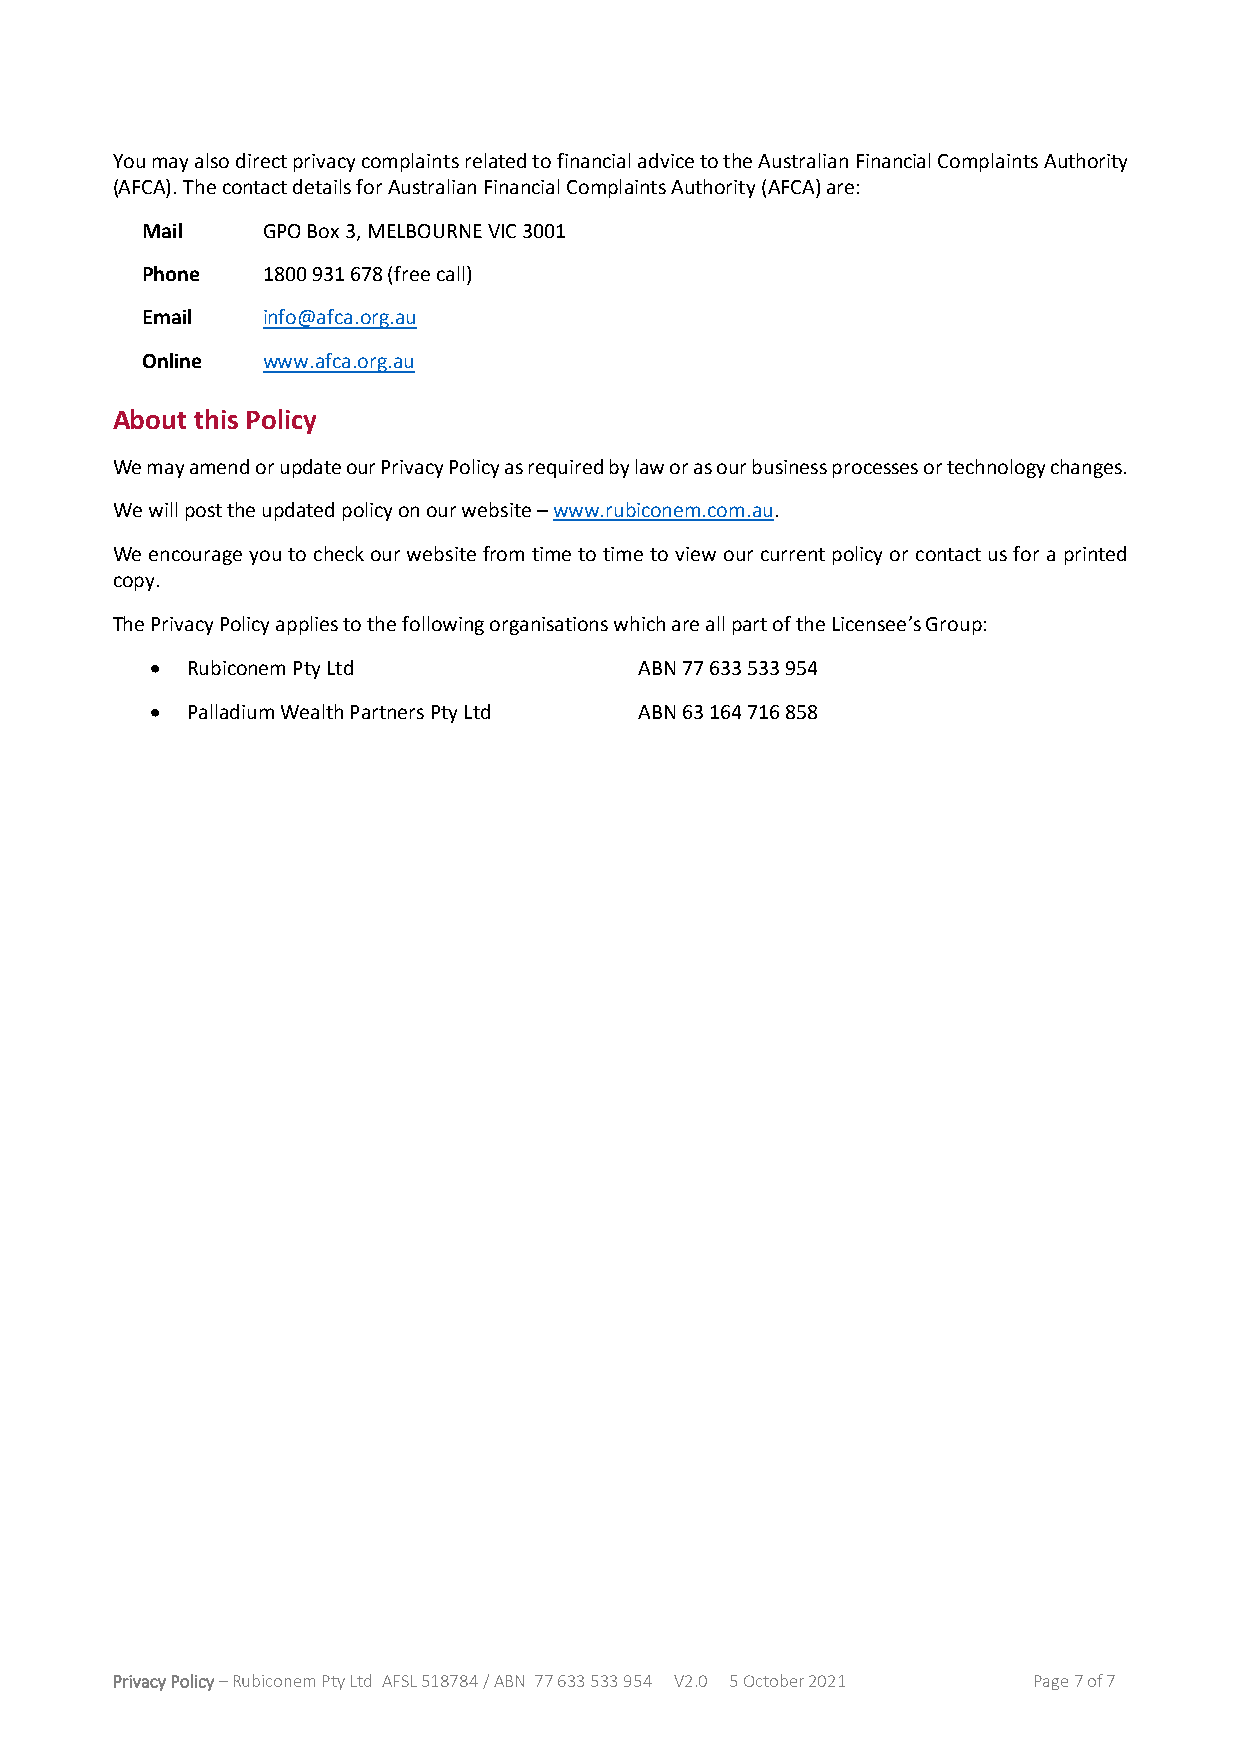
You may also direct privacy complaints related to financial advice to the Australian Financial Complaints Authority
 (AFCA). The contact details for Australian Financial Complaints Authority (AFCA) are:
 Mail    GPO Box 3, MELBOURNE VIC 3001
 Phone   1800 931 678 (free call)
 Email   info@afca.org.au
 Online  www.afca.org.au
 About this Policy
 We may amend or update our Privacy Policy as required by law or as our business processes or technology changes.
 We will post the updated policy on our website – www.rubiconem.com.au.
 We encourage you to check our website from time to time to view our current policy or contact us for a printed
 copy.
 The Privacy Policy applies to the following organisations which are all part of the Licensee’s Group:
 • Rubiconem Pty Ltd             ABN 77 633 533 954
 • Palladium Wealth Partners Pty Ltd ABN 63 164 716 858
 Privacy Policy – Rubiconem Pty Ltd AFSL 518784 / ABN 77 633 533 954 V2.0 5 October 2021 Page 7 of 7